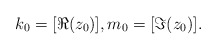
\begin{align*}k_0 = [\Re(z_0)], m_0 = [\Im(z_0)].\end{align*}